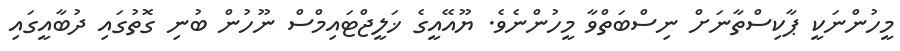
މީހުންނަކީ ޕާކިސްތާނަށް ނިސްބަތްވާ މީހުންނެވެ. ޔޫއޭއީގެ ޚަލީޖްޓައިމްސް ނޫހުން ބުނި ގޮތުގައި ދުބާއީގައި